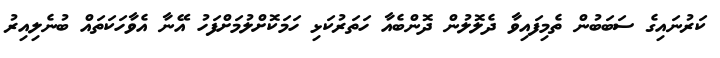
ކަރުނައިގެ ސަބަބުން ތެމިފައިވާ ދެލޮލުން ދޮންބެއާ ހަތަރުކަޅި ހަމަކޮށްލުމަށްފަހު އޭނާ އެވާހަކަތައް ބުނެލިއިރު